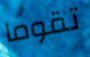
تقوما